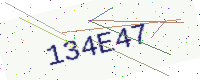
Text: 134E47